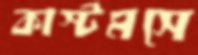
কাস্টমসে